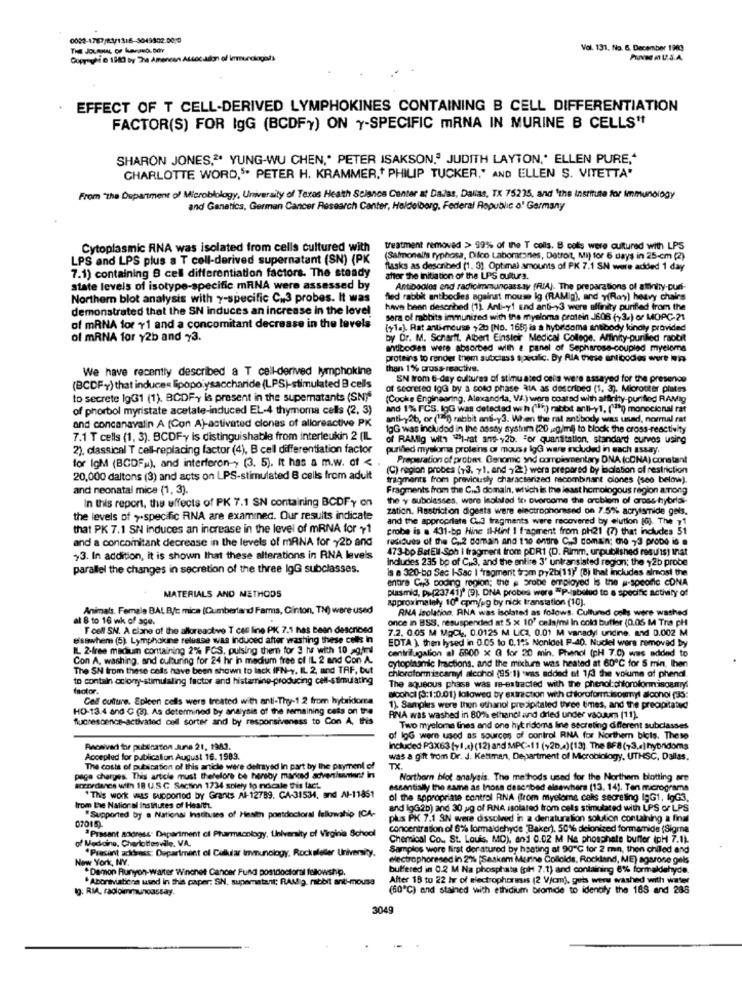
Vol. 131. No. 6. December 1983
Dupreyte 1980 by The Amencan Attocadon of krmurciagods
EFFECT OF T CELL-DERIVED LYMPHOKINES CONTAINING B CELL DIFFERENTIATION
FACTOR(S) FOR lgG (BCDF) ON Y-SPECIFIC MRNA IN MURINE B CELLS"
SHARON JONES,2* YUNG-WU CHEN," PETER ISAKSON,3 JUDITH LAYTON," ELLEN PURE ,*
CHARLOTTE WORD," PETER H. KRAMMER ,* PHILIP TUCKER," AND ELLEN S. VITETTA'
From "the Department of Microbiology, University of Texas Health Science Center at Dalas, Dallas, TX 75235, and 'the institute for Immunology
and Ganetics, German Cancer Research Center, Heidelberg, Federal Republic o' Germany
Cytoplasmic RNA was isolated from cells cultured with
treatment removed >> 99% of the T cells. B cats were cultured with LPS
LPS and LPS plus a T cell-derived supernatant (SN) (PK
(Salmonel's typhosa, Difco Laboracones, Detroit, Mi) for 6 days in 25-cm (2)
7.1) containing 8 cell differentiation factors. The steady
flasks as described (1. 3). Optimal amounts of PK 7.1 SN were added 1 day
after the initiation of the UPS cultura.
state levels of isotype-specific mRNA were assessed by
Antibodies end radicimmunoassay (FIA). The preparations of atonity-cun-
Northern blot analysis with y-specific C.3 probes. It was
filed rabbit antibodies against mouse ig (RAMig), and yRary) heavy chairs
demonstrated that the SN induces an increase in the level
have been described (1) Anti-y1 End anti -, 3 were affinity purified from the
sora of rabbits immunized with the myeloma protein J606 (>3.) or MOPC-21
of mRNA for 11 and a concomitant decrease in the levels
(+1.). Rat anti-meuse + 2b (No. 168; is a hybridoma anobody kindly provided
of mRNA for y2b and 73.
by Dr. M. Schartt. Albert Einstein Medical College. Affinity-purilled rabbit
antibodies were absorbed with a panel of Sephaross-coupled myeloma
proteins to render them subclass specific. By RIA these antibodies wet NA
We have recently described a T cell-derived lymphokine
than 1% cross-reactive.
SN Irom t-day cultures of stimu ated cells were assayed for the presence
(BCDFy) that induce« lipopolysaccharide (LPS)-stimulated B cells
of secreted lgG by a soto phase MIA as described (1, 3). Microoter plates
to secrete 1gG1 (1). BCDFy is present in the supernatants (SN)*
(Cooke Engineering, Alexandra, Vi.) were coated with affinity-purified RAMig
of phorbol myristate acetate-induced EL-4 thymoma cells (2, 3)
and 1% FCS. IoG was detected wch ("li) rabbit anti-y1, ("29 monocional rat
and concanavalin A (Con A)-activated clones of alloreactive PK
anti-yab, or ("")) rabbit ans-y3. When the ral antibody was usad, normal rat
1gG was included in the assay system (20 g/ml) to block the cross-reactivity
7.1 T cells (1, 3). BCDFy is distinguishable from interleukin 2 (IL
of RAMIg with "hi-rat and-y25. For quantitation, standard curvas using
2), classical T cell-replacing factor (4), B cell differentiation factor
purified mysloma proteins or mouss lgG were included in each assay.
for IgM (BGDFw), and interferon-> (3. 5). It has a m.w. of <
Preparation of probes. Geomic sid corrolementary DNA (cDNA) constant
(C) region probes (13. 71, and 722) were prepared by ibalation of restriction
20,000 daltons (3) and acts on LPS-stimulated 8 cells from adult
fragments from previously characterized recombinant ciones (see below).
and neonatal mica (1, 3).
Fragments from the C.3 domain, which is the least homologous region among
the y subclasses, wore leolaled to overcome the arcblom of aross hybrid
In this report, the effects of PK 7.1 SN containing BCDFY on
zation. Restriction digests were electrophorased on 7.5% acrylsmide gets.
the levels of >specific RNA are examined. Our results indicate
and the appropriate C.3 fragments were recovered by elution [0]. The 11
that PK 7.1 SN induces an increase in the level of mRNA for +1
probe is a 431-bp Hinc II-Hint I fragment from ph21 (7) that includes 51
and a concomitant decrease in the levels of mRNA for y2b and
residues of the C,2 domain and the entire C.3 domain; die ,3 propo is .
473-bp BstEll Soh I fragment from pDR1 (D. Rimm, urpublished results) inat
23. In addition, it is shown that these alterations in RNA levels
Includes 235 bp of C.3, and the entire 3' untranslated region; the y2b probe
parallel the changes in secretion of the three IgG subclasses.
is a 320-bp Sec I-Sac I fragment tram py2b(11)' (B) that includes almost the
entre C ., 3 coding region; the # srobe employed is the #-spcode cONA
plasmid, pp(23741)9 (9). DNA probes were =P-labelud to a specific activity of
MATERIALS AND METHODS
approximately 10º cpmjeg by nick transtation (10).
Animals. Female BAL B/c mica (Cumberland Fams, Clinton, TN) were used
RNA isolation, RNA was isolated as follows. Cultured ools were washed
at & to 16 wk of age.
once in BSS. resuspended at 5 x 10' cels/mi In cold butler (0.05 M Tria pH
Toefl SN. A ciane at the alloreactive T ces line PK 7.1 has Been descneed
7.2. 0.05 M MOCI, 0.0125 M LICZ, 0.01 M vanadyl unidine. and 0.002 M
elsewhere (5). Lymphokine release was induced after washing these colts in
EDTA ), then lysed in 0.05 to 0.15% Nonidel P-40. Nuckel were removed by
IL 2-free madiun containing 2% FCS, pulsing them for 3 hu with 10 agirl
centrifugalion al 8500 x G for 20 min. Phenol (pH 7.0) was added to
Con A, washing, and culturing for 24 hr in medium free of IL 2 and Con A.
The SN from these cols have been shown to lack IFN-y, IL 2, and TAF, but
cytoplasmic Iractions. and the mixture was heated at 60℃ for 5 min. Ihen
to contain colony-stimulaling factor and histaming-producing cell-stimulating
chloroform iscaryl alcohol (95:1) was added at 1d the volume of phendl.
taotor.
The aqueous phase was re-extracted with the phenol:chloroformiscamry:
Cell culture. Epleen cells were treated with anti-Thy-1.2 from hybridora
alcohol [3:1:0.01) koallowed by extraction with chloroformrisosyl alcohol (35:
HO-13.4 and C (3). As determined By analysis of the remaining cats on the
1). Samples were then ethanol precipitated three times, and the precipitated
fluorescence-activated cell sorter and by responsiveness to Con A, this
RINA was washed in 80% ethanol and dried under vacuum (11).
Two myeloma lines and one hyridoms line secreting different subclasses
of lgG were used as sources of control RNA for Northern bicis. These
Pacsivert for publication June 21, 1903.
Included P3X63 (71.e) (12) and MPC-11 (+20.4) (13). The BF8 (73,e) hybridoms
Accepted for publication August 16. 1983.
was a gift from Dr. J. Kettman, Department of Microbiology, UTHSC, Dallas.
The costs of publication of this article were defrayed In part by the payment of
TX
page charges. This article must therefore be hersoy marked advertiuuner! in
Northern blot analysis. The methods used for the Northern blotting are
accordance with 18 U.S. C Section 1734 spiely fo ndcale this fact.
essentially the same as Inosa described elsewhere (13. 14). Ten micrograms
"This work was supported by Grants Al-12789. CA-31534, and Al-11851
ol the appropriate control RINA [from myeloma colis secreting IgG1, lgG3.
from the National institutes of Health
"Supported by a National Institutes of Heaith postdoctoral fellowship [CA-
and lgG2b) and 30 g of RNA isolated from cels stimulated with LPS or LPS
07015).
plus PK 7.1 3N were dissolved in a denaturation solution containing a final
issant andress. Department of Pharmacology, University of Virginia School
concentration of 6% formaldehyde "Baker). 50% delonized formamide (Sigra
Chemical Co ., St. Louis, MO), and 0.02 M Ne phosphate buffer (pH 7.1)
of Medicine, Charlottesville. VA.
*Present ackbrass: Department of Celklar Immunology, Rockefeler University.
Samples were first der atured by heating at 90℃ tor 2 mn, then chilled and
New York, NY.
Mectrophoresed in 2% [Saskem Marine Colloids, Rockland, ME) agarose gels
"Demon Runyon-warter Winenet Cancer Fund postdoctoral fellowship.
buffered in 0.2 M Na phosphate (pl 7.1) and containing 6% formaldehyde.
"Aboraviations used in this paper. SN. superatant; RAMig. rabbit ant-mouse
Alter 19 to 22 hr of electrophoresis (2 V/cm), guts were washed with water
Ig: RMA, radioimmunoassay.
(60℃) and stained with ethidium bromide to identify the 188 and 286
3049